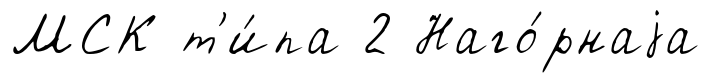
МСК т'и́па 2 Наго́рнаjа